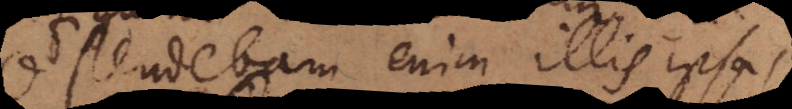
Ostendebam enim illis ipsas